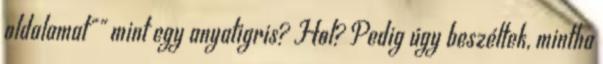
oldalamat"" mint egy anyatigris? Hol? Pedig úgy beszéltek, mintha